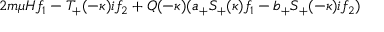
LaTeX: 2 m \mu H f _ { 1 } - T _ { + } ( - \kappa ) i f _ { 2 } + Q ( - \kappa ) ( a _ { + } S _ { + } ( \kappa ) f _ { 1 } - b _ { + } S _ { + } ( - \kappa ) i f _ { 2 } )